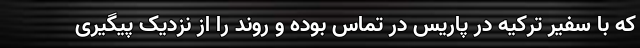
که با سفیر ترکیه در پاریس در تماس بوده و روند را از نزدیک پیگیری